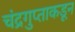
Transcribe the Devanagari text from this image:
चंद्रगुप्ताकडून